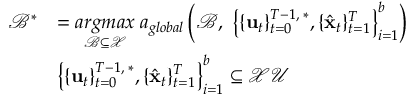
\begin{array} { r l } { \mathcal { B } ^ { * } } & { = \underset { \mathcal { B \subseteq \mathcal { X } } } { a r g m a x } \; a _ { g l o b a l } \left( \mathcal { B } , \; \left\{ \{ \mathbf { u } _ { t } \} _ { t = 0 } ^ { T - 1 , \; * } , \{ \hat { \mathbf { x } } _ { t } \} _ { t = 1 } ^ { T } \right\} _ { i = 1 } ^ { b } \right) } \\ & { \left\{ \{ \mathbf { u } _ { t } \} _ { t = 0 } ^ { T - 1 , \; * } , \{ \hat { \mathbf { x } } _ { t } \} _ { t = 1 } ^ { T } \right\} _ { i = 1 } ^ { b } \subseteq \mathcal { X U } } \end{array}